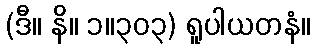
(ဒီ။ နိ။ ၁။၃၀၃) ရူပါယတနံ။